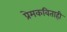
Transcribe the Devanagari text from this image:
प्रेमकविताही